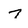
Character: 7